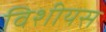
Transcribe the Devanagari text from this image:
विशीयस